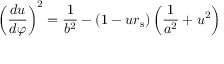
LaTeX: \left( { \frac { d u } { d \varphi } } \right) ^ { 2 } = { \frac { 1 } { b ^ { 2 } } } - \left( 1 - u r _ { \mathrm { { s } } } \right) \left( { \frac { 1 } { a ^ { 2 } } } + u ^ { 2 } \right)